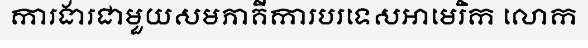
ការងារជាមួយសមភាគីការបរទេសអាមេរិក លោក